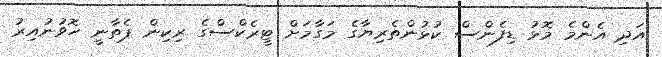
އަދި އެންމެ މޮޅު ޑިފެންސް ކުޅުންތެރިޔާގެ މަގާމަށް ޓީރެކްސްގެ ރިކިން ޕެތާނީ ހޮވުނުއިރު